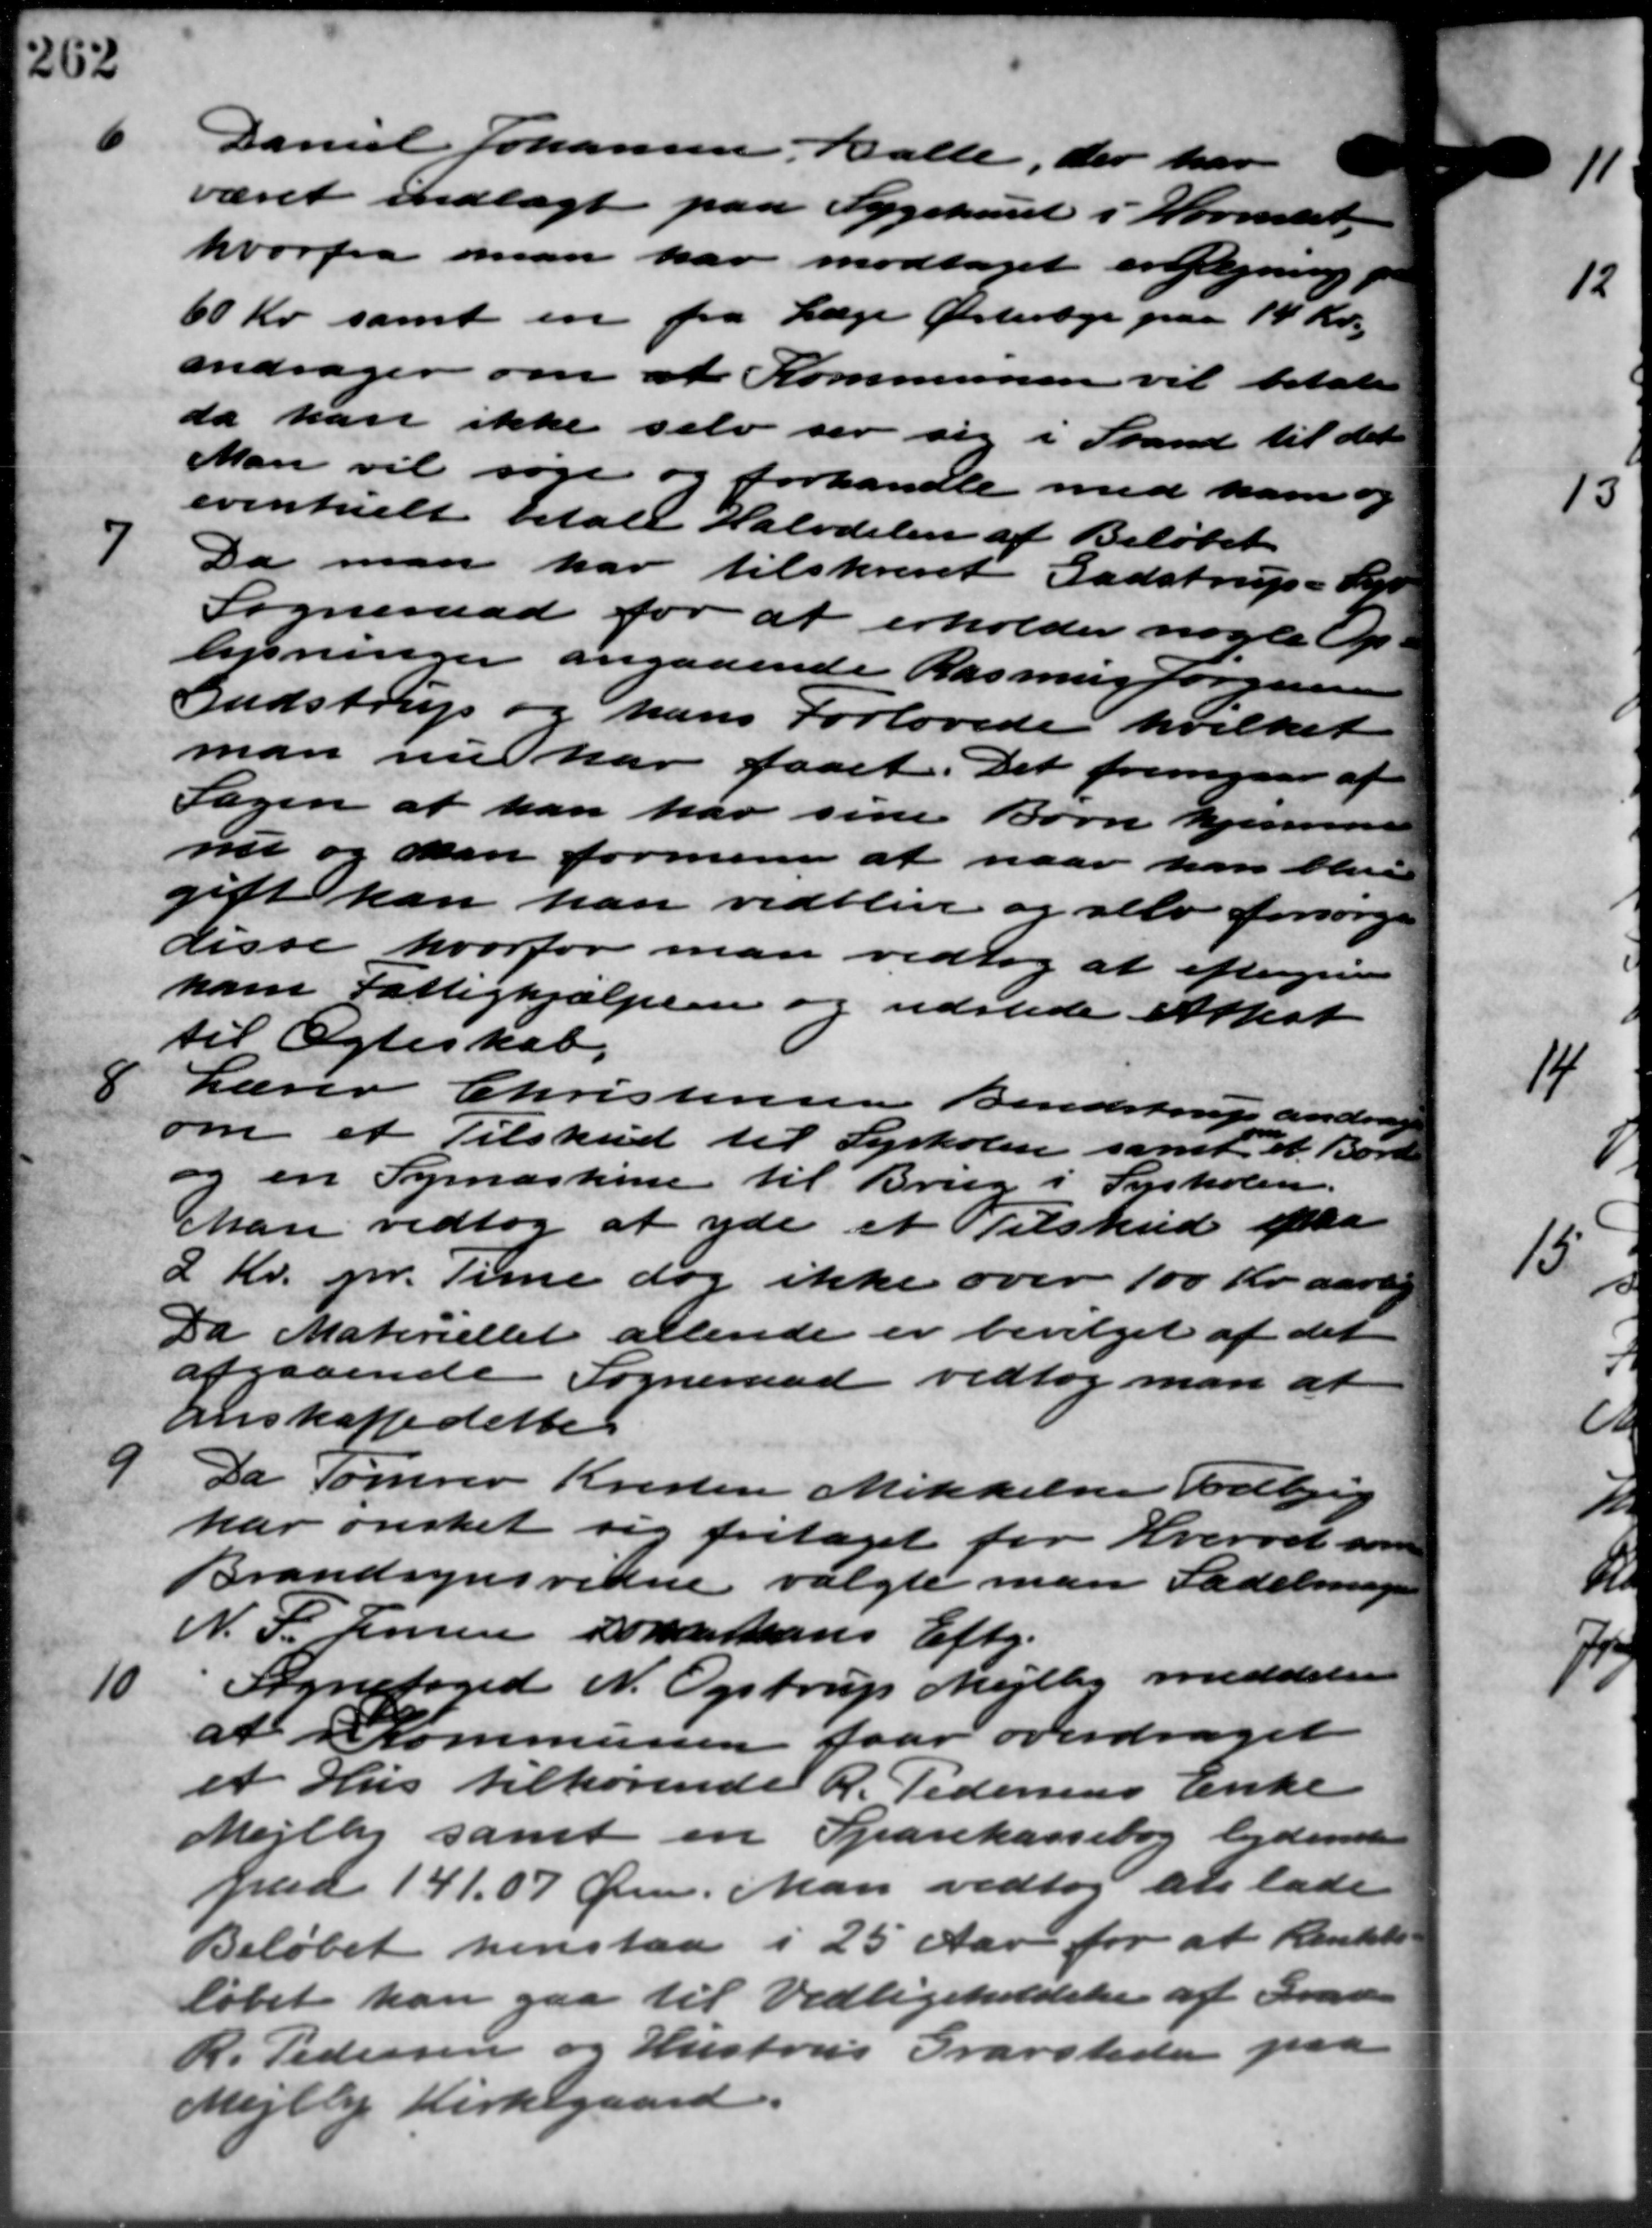
Transskription:
Daml Johansen Balle, der har
været indlagt paa Sygehuset i Hornslet
hvorfra man har modtaget erlægning
60 Kr. samt en fra Læge Østerleje paa 14 Kr.
andrager om at Kommunen vil betale
da han ikke selv ser sig i Stand til det
Man vil søge og forhandle med ham og
eventuelt betale Halvdelen af Beløbet.
7
Da man har tilskrevet Gadstrup - Lys
Sogneraad for at erholder nogle Op-
lysninger angaaende Rasmus Jørgensen
Gudstrup og hans Forlovede hvilket
man nu har faaet. Det fremgaar af
Sagen at han har sine Børn hjemme
nu og man formener at naar han blive
gift kan han vedblive og selv forsørge
disse hvorfor man vedtog at eftergive
ham Fattighjælpen og udstede Attest
til Ægteskab.
8
Lærer Christensen Bendstrup andr
om et Tilskud til Syskolen samt et Born
og en Symaskine til Brug i Syskolen.
Man vedtog at yde et Tilskud ifta
2 Kr. pr. Time dog ikke over 100 Kr. aar
Da Materiellet allende er bevilget af det
afgaaende Sogneraad vedtog man at
anskaffe dette

Da Tømrer Kresten Mikkelser Todbjerg
har ønsket sig fritaget for Hvervet sa
Brandsynsvidne valgte man Sadelmager
N. P. Jensen som hans Efter.
10
Sognefoged N. Opstrup Mejlby meddeler
at i Kommunen faar overdraget
et Hus tilhørende R. Pedersens Enke -
Mejlby samt en Sparekassebog lydensen
paa 141.07 Øre. Man vedtog at lade
Beløbet henstaa i 25 Aar for at Rentet
løbet kan gaa til Vedligeholdelse af Grad
R. Pedersen og Hustrus Gravstede paa
Mejlby Kirkegaard.